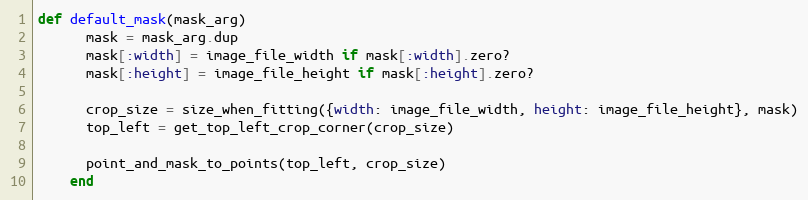
Language: Ruby
def default_mask(mask_arg)
      mask = mask_arg.dup
      mask[:width] = image_file_width if mask[:width].zero?
      mask[:height] = image_file_height if mask[:height].zero?

      crop_size = size_when_fitting({width: image_file_width, height: image_file_height}, mask)
      top_left = get_top_left_crop_corner(crop_size)

      point_and_mask_to_points(top_left, crop_size)
    end